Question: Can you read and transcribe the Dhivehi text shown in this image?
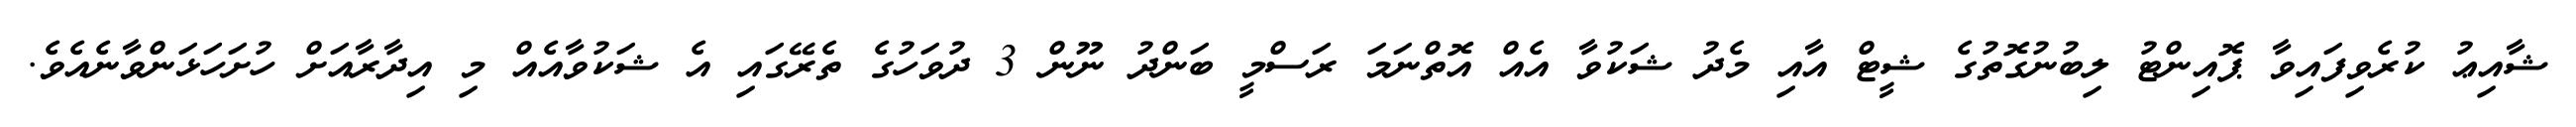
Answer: ޝާއިޢު ކުރެވިފައިވާ ޕޮއިންޓު ލިބުނުގޮތުގެ ޝީޓް އާއި މެދު ޝަކުވާ އެއް އޮތްނަމަ ރަސްމީ ބަންދު ނޫން 3 ދުވަހުގެ ތެރޭގައި އެ ޝަކުވާއެއް މި އިދާރާއަށް ހުށަހަޅަންވާނެއެވެ.